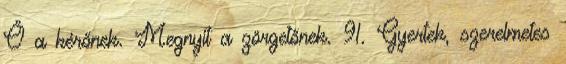
Ő a kérőnek. Megnyit a zörgetőnek. 91. Gyertek, szerelmetes